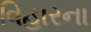
વિહારના